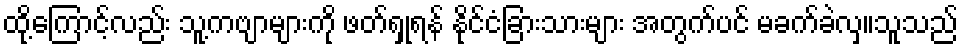
ထို့ကြောင့်လည်း သူ့ကဗျာများကို ဖတ်ရှုရန် နိုင်ငံခြားသားများ အတွက်ပင် မခက်ခဲလှ။သူသည်